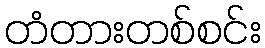
တံတားတစ်စင်း